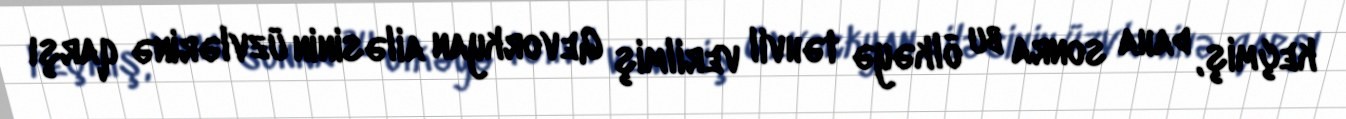
keçmiş, daha sonra bu ölkəyə təhvil verilmiş Gevorkyan ailəsinin üzvlərinə qarşı